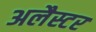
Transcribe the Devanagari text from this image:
अलैस्टर